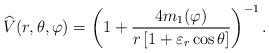
LaTeX: \begin{align*}{\widehat{V}}(r,\theta ,\varphi )=\left( 1+{\frac{4m_{1}(\varphi )}{r\left[1+\varepsilon _{r}\cos \theta \right] }}\right) ^{-1}.\end{align*}